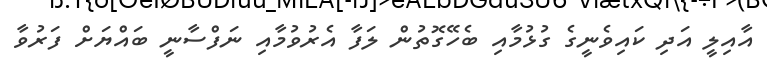
އާއިލީ އަދި ކައިވެނީގެ ގުޅުމާއި ބެހޭގޮތުން ލަފާ އެރުވުމާއި ނަފްސާނީ ބައްޔަށް ފަރުވާ